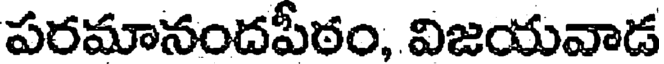
పరమానందపీఠం, విజయవాడ